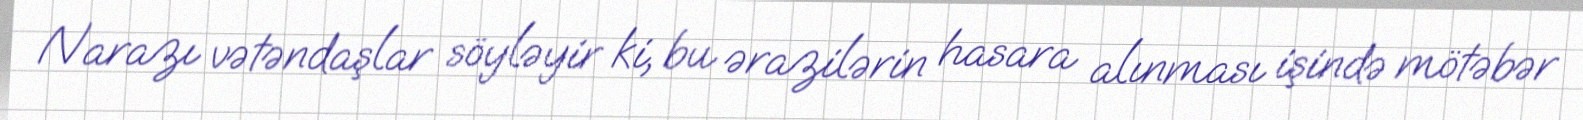
Narazı vətəndaşlar söyləyir ki, bu ərazilərin hasara alınması işində mötəbər